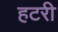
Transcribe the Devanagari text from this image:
हटरी